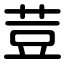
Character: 荳